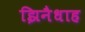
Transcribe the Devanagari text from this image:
झिनैधाह